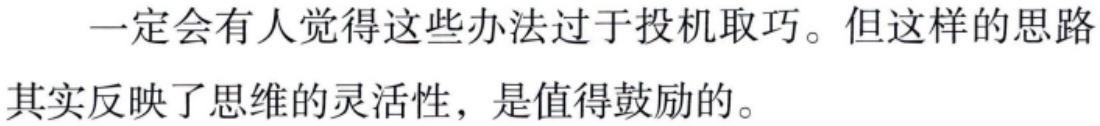
一定会有人觉得这些办法过于投机取巧。但这样的思路其实反映了思维的灵活性，是值得鼓励的。